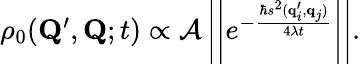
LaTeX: \begin{array}{r}{\rho_{0}(\mathbf{Q}^{\prime},\mathbf{Q};t)\propto{\cal A}\left|\left|e^{-\frac{\hbar s^{2}(\mathbf{q}_{i}^{\prime},\mathbf{q}_{j})}{4\lambda t}}\right|\right|.}\end{array}